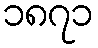
၁၈၇၁